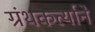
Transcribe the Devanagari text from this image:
ग्रंथकर्त्याने